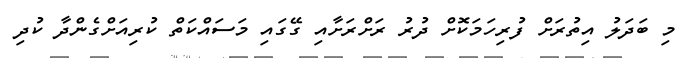
މި ބަދަލު އިތުރަށް ފުރިހަމަކޮށް ދުރު ރަށްރަށާއި ގޭގައި މަސައްކަތް ކުރިއަށްގެންދާ ކުދި